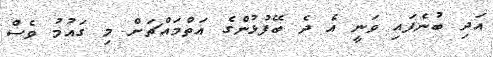
އަދި ބުނެފައި ވަނީ އެ ދެ ބޭފުޅުންގެ އަތްމައްޗަށް މި ގައުމު ވެސް